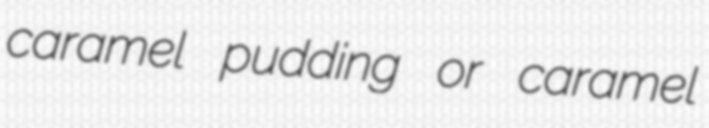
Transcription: caramel pudding or caramel